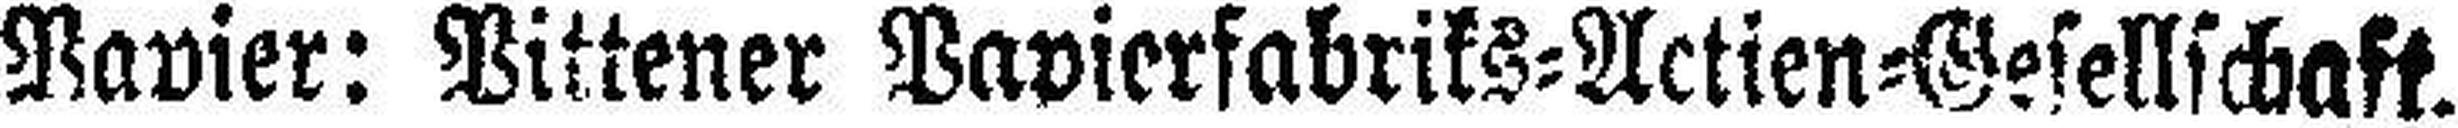
Papier: Pittener Papierfabriks=Actien=Gesellschaft.